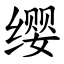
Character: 缨